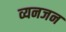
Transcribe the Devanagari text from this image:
व्यनजन